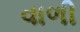
વાળી